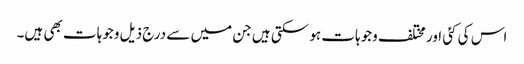
اس کی کئی اور مختلف وجوہات ہو سکتی ہیں جن میں سے درج ذیل وجوہات بھی ہیں۔